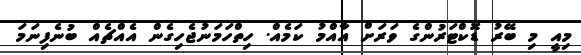
މިއީ މި ބޭރު ޑޮކްޓަރުންގެ ވަރަށް އާއްމު ކަމެއް. ހިތްހަމަނުޖެހިގެން އެއްޗެއް ބުނެފިނަމަ